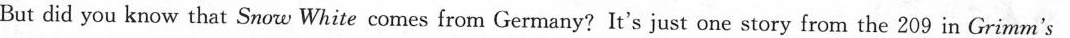
But did you know that Snow White comes from Germany?It's just one story from the 209 in Grimm's